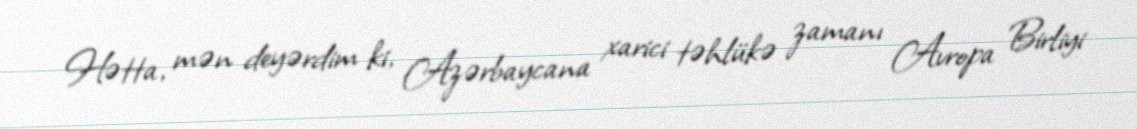
Hətta, mən deyərdim ki, Azərbaycana xarici təhlükə zamanı Avropa Birliyi